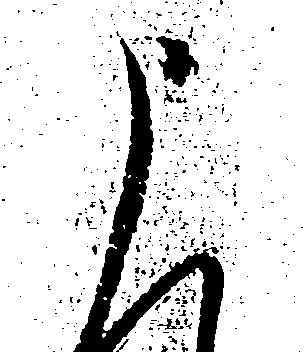
申